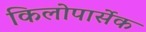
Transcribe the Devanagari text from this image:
किलोपार्सेक